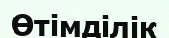
Өтімділік